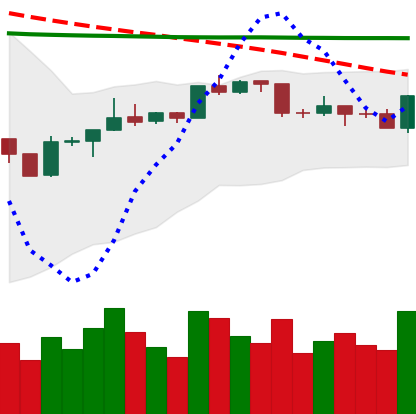
Ticker: BTC-USD
Chart end date: 2020-04-16
Forward return: -3.323%
Label: down_3_5